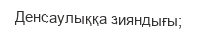
Денсаулыққа зияндығы;